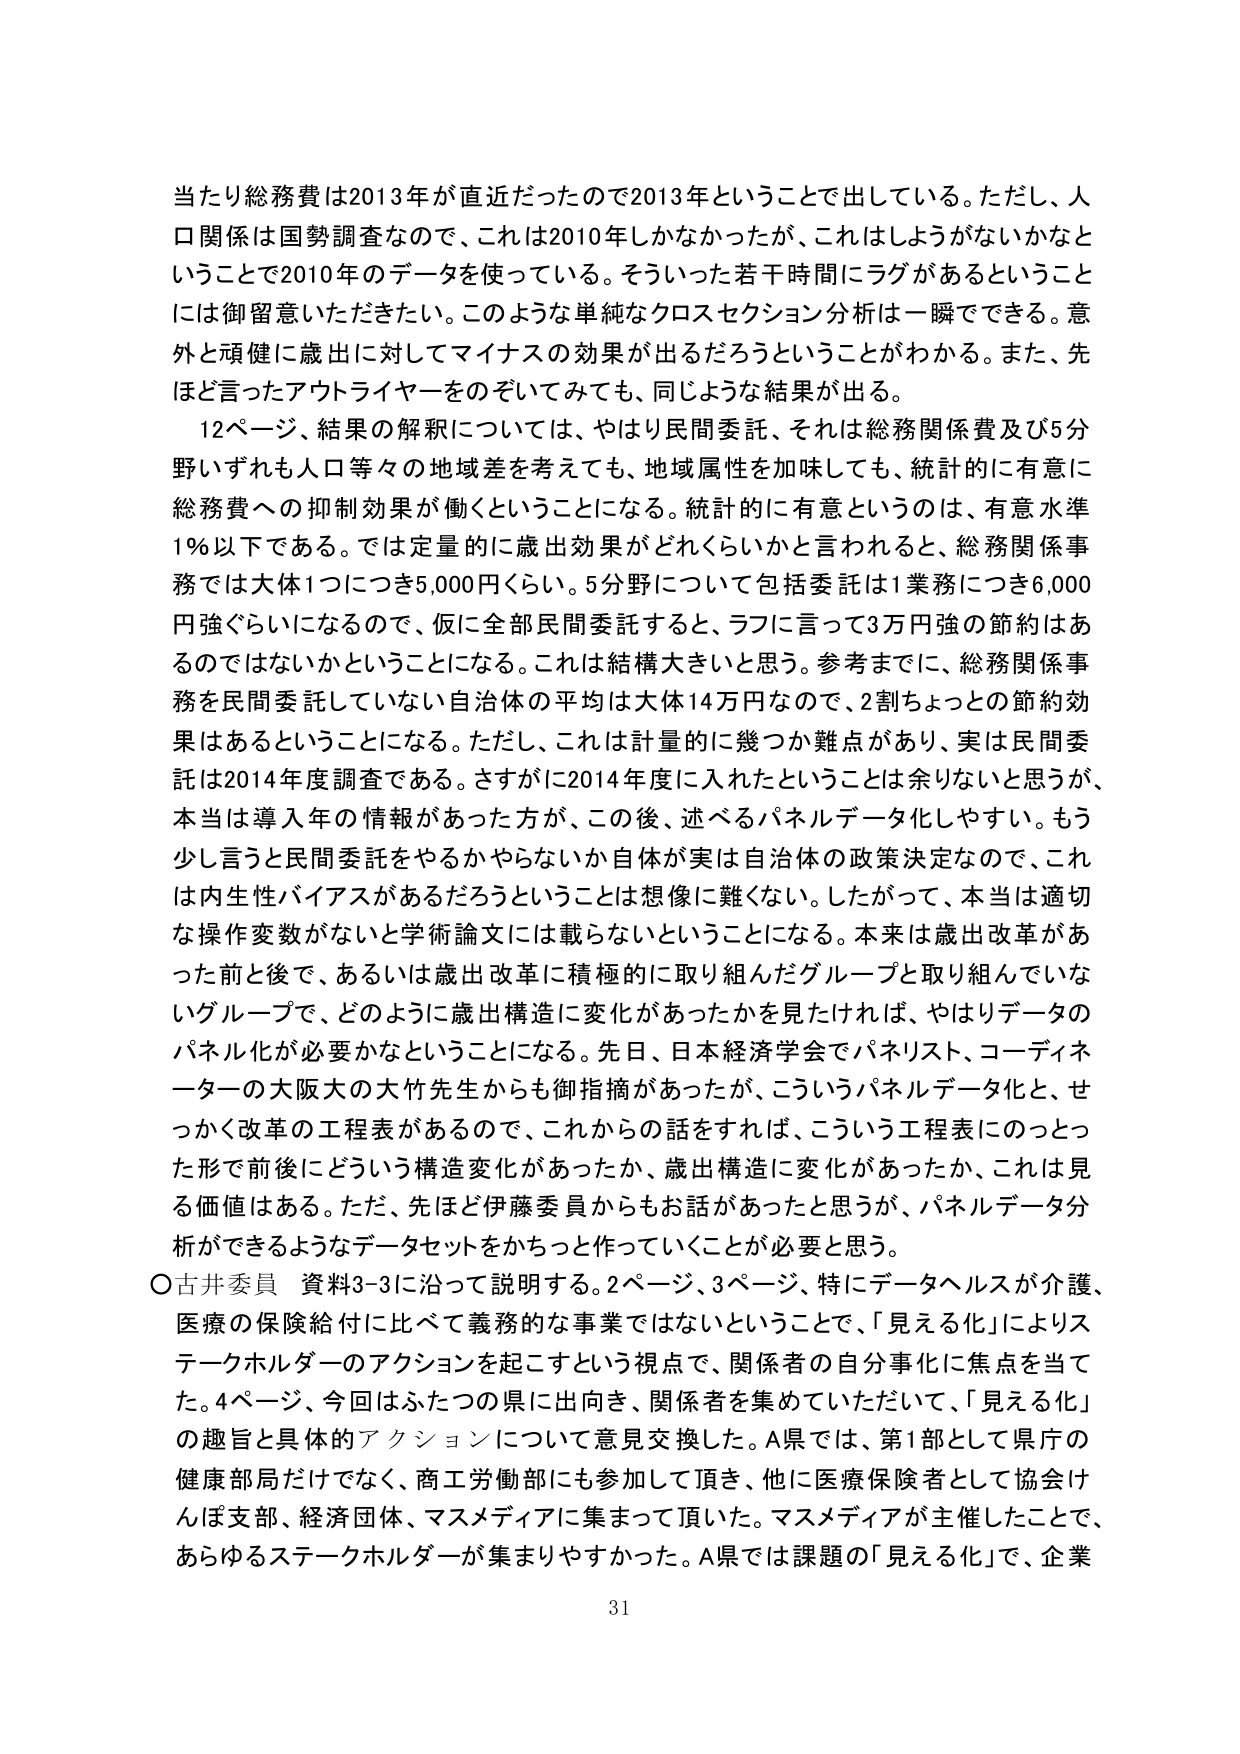
当たり総務費は2013年が直近だったので2013年ということで出している。ただし、人口関係は国勢調査なので、これは2010年しかなかったが、これはしょうがないかなということで2010年のデータを使っている。そういった若干時間にラグがあるということには御留意いただきたい。このような単純なクロスセクション分析は一瞬でできる。意外と頑健に歳出に対してマイナスの効果が出るだろうということがわかる。また、先ほど言ったアウトライヤーをのぞいてみても、同じような結果が出る。

12ページ、結果の解釈については、やはり民間委託、それは総務関係費及び5分野いずれも人口等々の地域差を考えても数、地域属性を加味しても、統計的に有意に総務費への抑制効果が働くということになる。統計的に有意というのは、有意水準1％以下である。では定量的に歳出効果がどれくらいかと言われると、総務関係事務では大体1つにつき5,000円くらい。5分野について包括委託は1業務につき6,000円強ぐらいになるので、仮に全部民間委託すると、ラフに言って3万円強の節約はあるのではないかということになる。これは結構大きいと思う。参考までに、総務関係事務を民間委託していない自治体の平均は大体14万円なので、2割ちょっとの節約効果はあるということになる。ただし、これは計量的に幾つか難点があり、実は民間委託は2014年度調査である。さすがに2014年度に入れたということは余りないと思うが、本当は導入年の情報があった方が、この後、述べるパネルデータ化しやすい。もう少し言うと民間委託をやるかやらないか自体が実は自治体の政策決定なので、これは内生性バイアスがあるだろうということは想像に難くない。したがって、本当は適切な操作変数がないと学術論文には載らないということになる。本来は歳出改革があった前と後で、あるいは歳出改革に積極的に取り組んだグループと取り組んでいないグループで、どのように歳出構造に変化があったかを見たければ、やはりデータのパネル化が必要かなということになる。先日、日本経済学会でパネリスト、コーディネーターの大阪大の大竹先生からも御指摘があったが、こういうパネルデータ化と、せっかく改革の工程表があるので、これからの話をすれば、こういう工程表にのっとった形で前後にどういう構造変化があったか、歳出構造に変化があったか、これは見る価値はある。ただ、先ほど伊藤委員からもお話があったと思うが、パネルデータ分析ができるようデータセットをかちっと作っていくことが必要と思う。

○古井委員 資料3-3に沿って説明する。2ページ、3ページ、特にデータヘルスが介護、医療の保険給付に比べて義務的な事業ではないということで、「見える化」によりステークホルダーのアクションを起こすという視点で、関係者の自分事化に焦点を当てた。4ページ、今回はふたつの県に出向き、関係者を集めていただいて、「見える化」の趣旨と具体的アクションについて意見交換した。A県では、第1部として県庁の健康部局だけでなく、商工労働部にも参加して頂き、他に医療保険者として協会けんぽ支部、経済団体、マスメディアに集まって頂いた。マスメディアが主催したことで、あらゆるステークホルダーが集まりやすかった。A県では課題の「見える化」で、企業

31